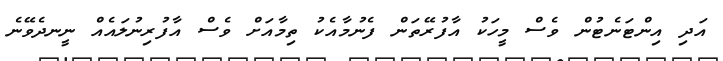
އަދި އިންޓަނެޓުން ވެސް މީހަކު އާފުރޭތަން ފެނުމާއެކު ތިމާއަށް ވެސް އާފުރިނުލައެއް ނީނދެވޭނެ